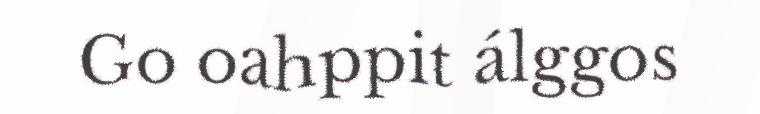
Go oahppit álggos